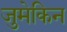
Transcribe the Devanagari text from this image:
जुमेकिन